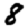
Digit: 8